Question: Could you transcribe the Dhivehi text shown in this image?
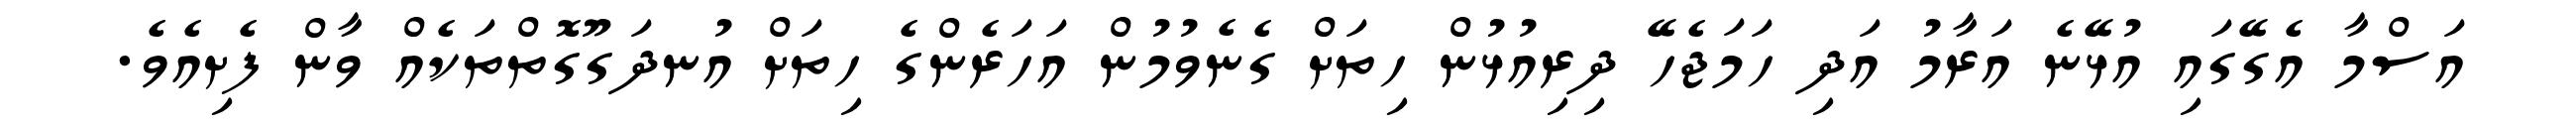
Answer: އަސްމާ އެގޭގައި އުޅޭނެ އަރާމު އަދި ހަމަޖެހޭ ދިރިއުޅުން ހިތަށް ގެނެވުމުން އަހަރެންގެ ހިތަށް އުނދަގޫގޮތްތަކެއް ވާން ފެށިއެވެ.